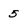
Character: 5